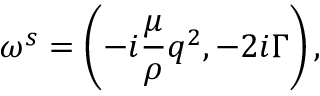
\omega ^ { s } = \left( - i \frac { \mu } { \rho } q ^ { 2 } , - 2 i \Gamma \right) ,